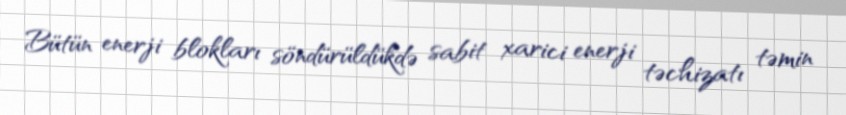
Bütün enerji blokları söndürüldükdə sabit xarici enerji təchizatı təmin